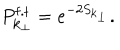
P _ { { \bf k } _ { \perp } } ^ { \mathrm { f . t } } = e ^ { - 2 S _ { { \bf k } _ { \perp } } } .